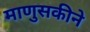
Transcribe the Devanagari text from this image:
माणुसकीने